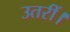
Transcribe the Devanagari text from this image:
उतरीं।